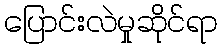
ပြောင်းလဲမှုဆိုင်ရာ